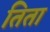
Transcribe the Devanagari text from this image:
तिता